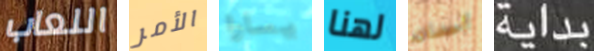
اللعاب الأمر يسارا لهنا أحضان بداية